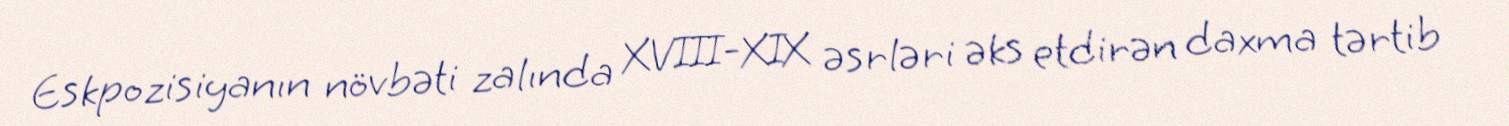
Eskpozisiyanın növbəti zalında XVIII-XIX əsrləri əks etdirən daxma tərtib